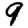
Digit: 9